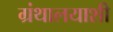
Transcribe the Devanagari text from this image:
ग्रंथालयाशी